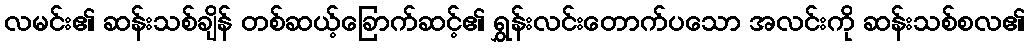
လမင်း၏ ဆန်းသစ်ချိန် တစ်ဆယ့်ခြောက်ဆင့်၏ ရွှန်းလင်းတောက်ပသော အလင်းကို ဆန်းသစ်စလ၏